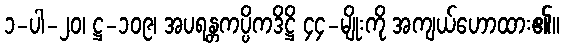
၁-ပါ-၂၀၊ ဋ္ဌ-၁၀၉၊ အပရန္တကပ္ပိကဒိဋ္ဌိ ၄၄-မျိုးကို အကျယ်ဟောထား၏။